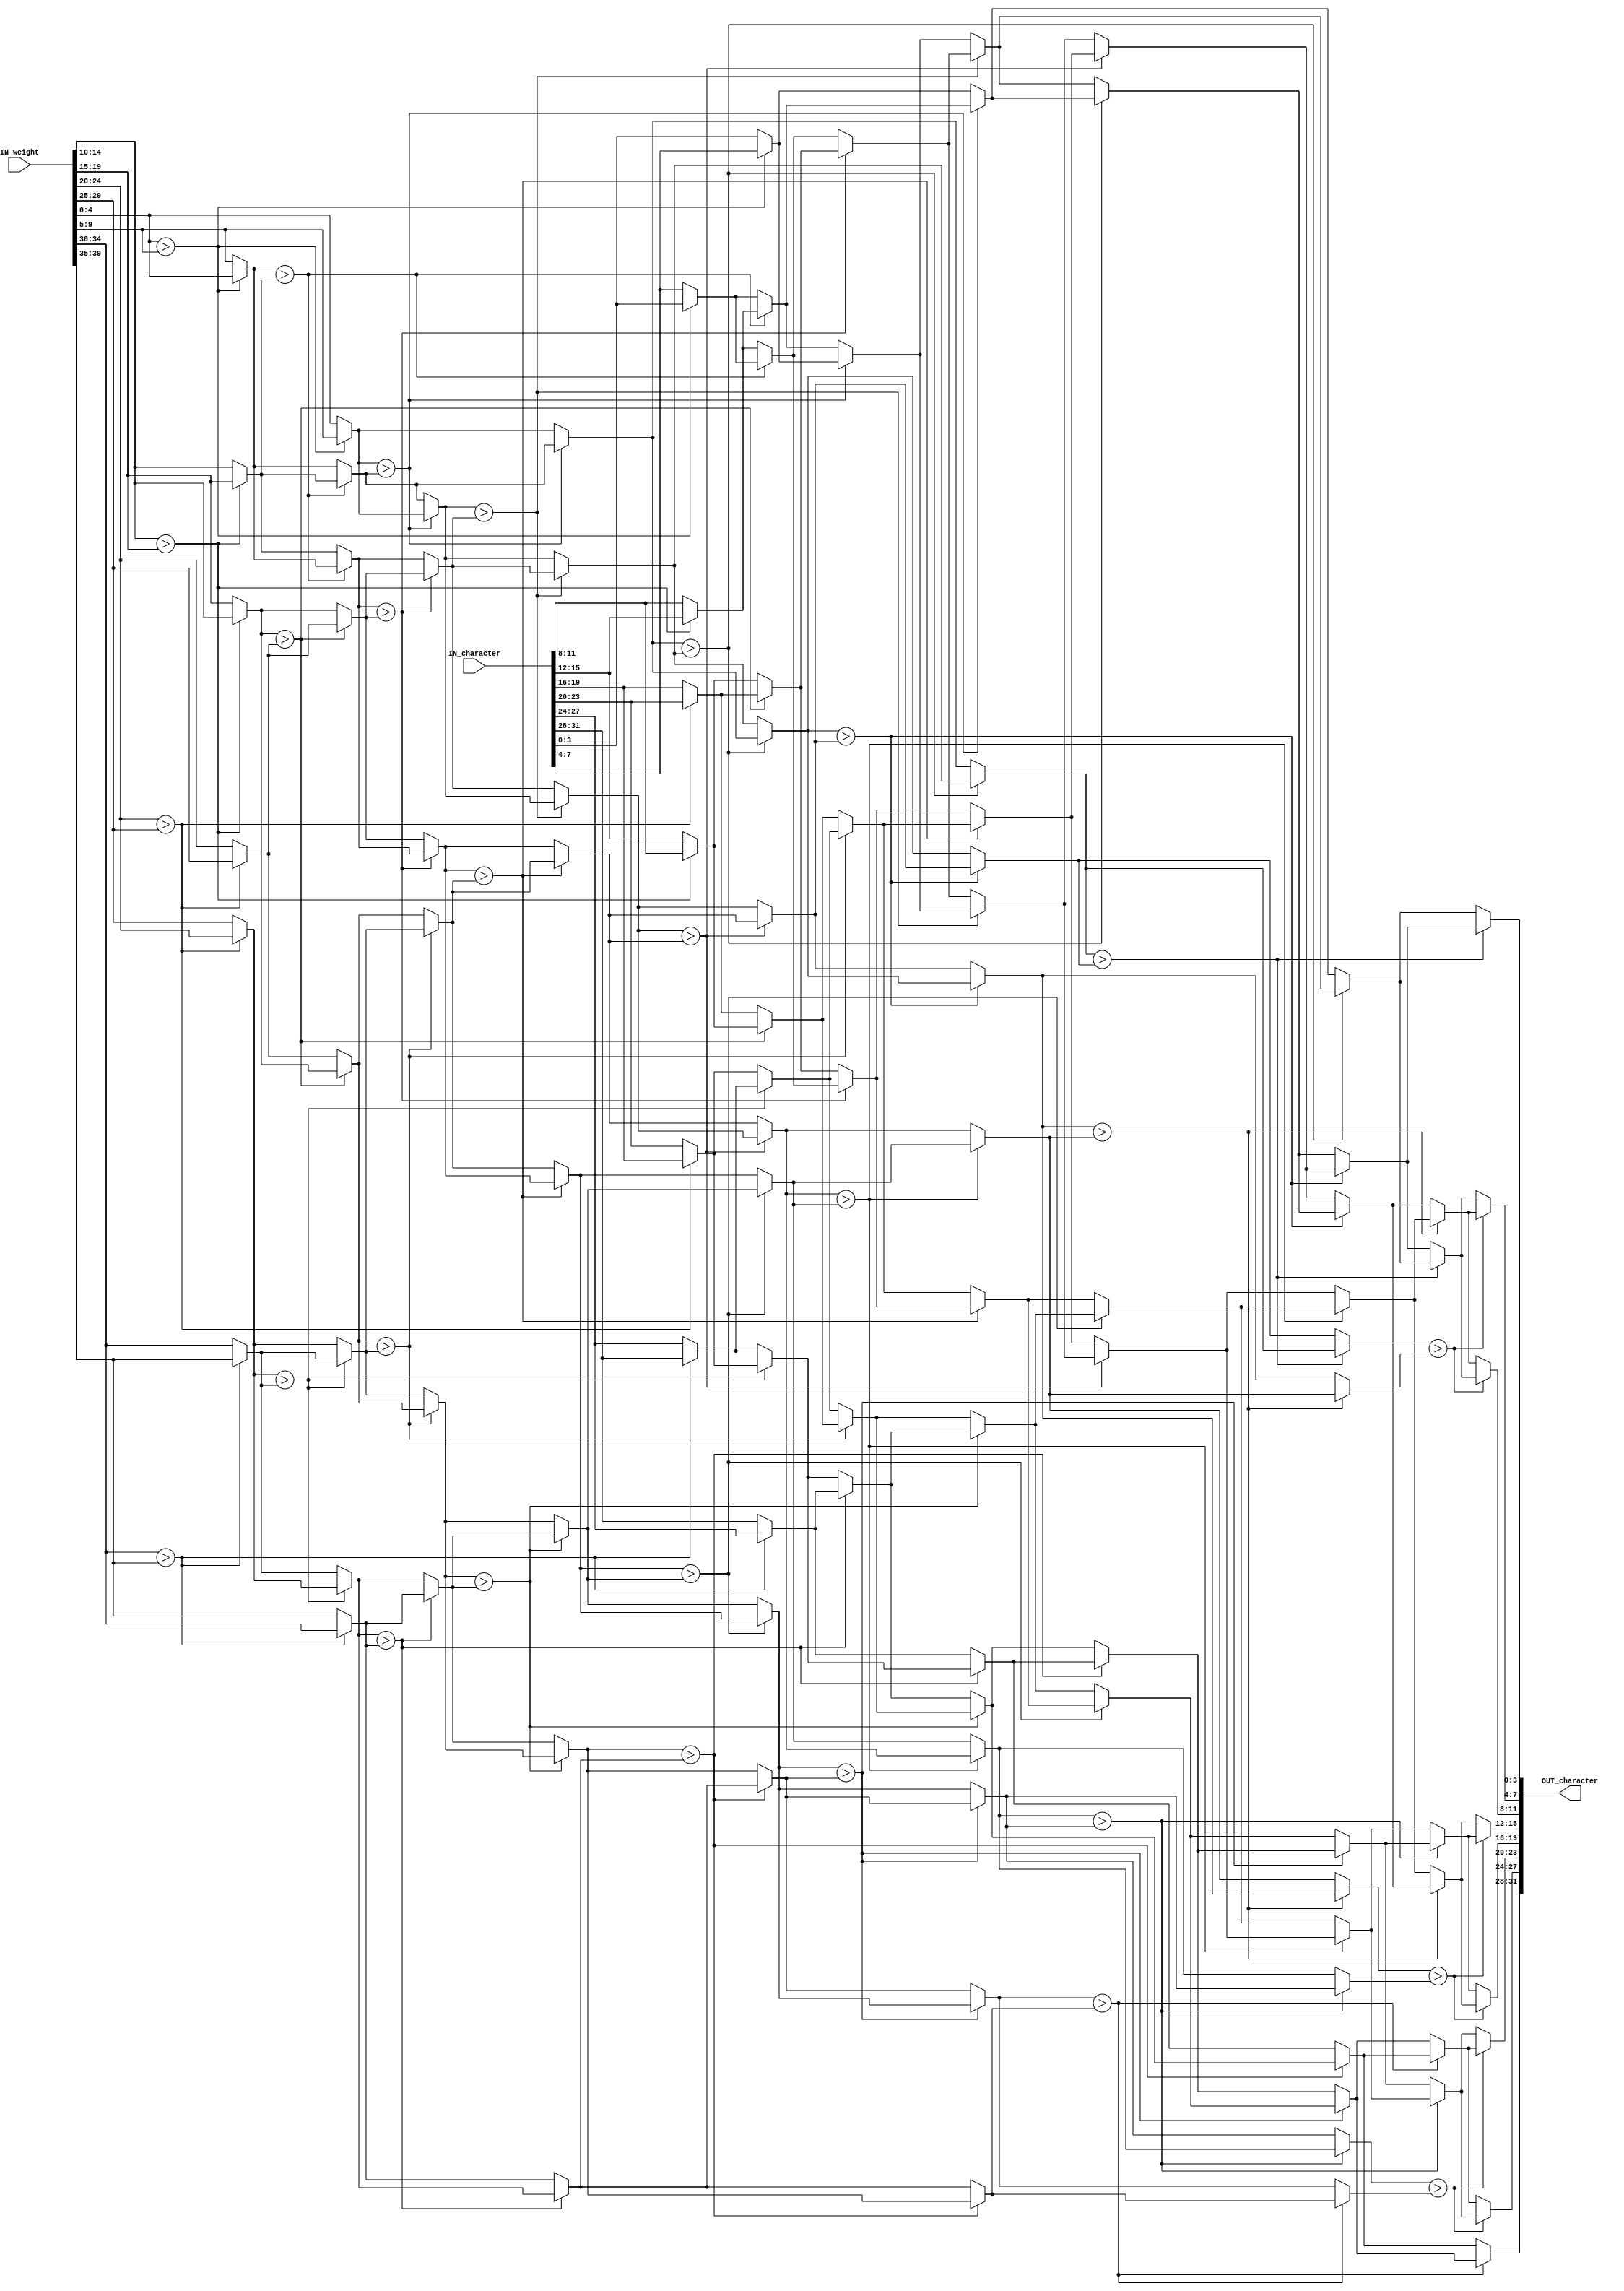
module SORT_IP #(parameter IP_WIDTH = 8) (
    // Input signals
    IN_character, IN_weight,
    // Output signals
    OUT_character
);

// ===============================================================
// Input & Output
// ===============================================================
input [IP_WIDTH*4-1:0]  IN_character;
input [IP_WIDTH*5-1:0]  IN_weight;

output reg [IP_WIDTH*4-1:0] OUT_character;
genvar a, b;
integer i,j;
wire [3:0] array_char [IP_WIDTH:0][IP_WIDTH - 1:0];
wire [4:0] array_weight [IP_WIDTH:0][IP_WIDTH - 1:0];
reg [3:0] temp_char;
reg [4:0] temp_weight;
// ===============================================================
// Design
// ===============================================================

generate
    for(a = 1; a <= IP_WIDTH; a = a + 1)begin
        assign array_char[0][a - 1] = IN_character[a*4 - 1 -: 4];
        assign array_weight[0][a - 1] = IN_weight[a*5 - 1 -: 5];
    end
    if(IP_WIDTH % 2 == 0)begin
        for(a = 0; a < IP_WIDTH; a = a + 1)begin
            if(a % 2 == 0)begin
                for(b = 0; b < IP_WIDTH - 1;b = b + 2)begin
                    assign array_weight[a + 1][b] = (array_weight[a][b] > array_weight[a][b + 1])? array_weight[a][b + 1] : array_weight[a][b];
                    assign array_weight[a + 1][b + 1] = (array_weight[a][b] > array_weight[a][b + 1])? array_weight[a][b] : array_weight[a][b + 1];
                    assign array_char[a + 1][b] = (array_weight[a][b] > array_weight[a][b + 1])? array_char[a][b + 1] : array_char[a][b];
                    assign array_char[a + 1][b + 1] = (array_weight[a][b] > array_weight[a][b + 1])? array_char[a][b] : array_char[a][b + 1];
                
                end
            end
            else begin
                assign array_weight[a + 1][0] = array_weight[a][0];
                assign array_weight[a + 1][IP_WIDTH - 1] = array_weight[a][IP_WIDTH - 1];
                assign array_char[a + 1][0] = array_char[a][0]; 
                assign array_char[a + 1][IP_WIDTH-1] = array_char[a][IP_WIDTH - 1];
                for(b = 1; b < IP_WIDTH - 1;b = b + 2)begin
                    //if(array_weight[a][b] > array_weight[a][b + 1])begin
                    assign array_weight[a + 1][b] = (array_weight[a][b] > array_weight[a][b + 1])? array_weight[a][b + 1] : array_weight[a][b];
                    assign array_weight[a + 1][b + 1] = (array_weight[a][b] > array_weight[a][b + 1])? array_weight[a][b] : array_weight[a][b + 1];
                    assign array_char[a + 1][b] = (array_weight[a][b] > array_weight[a][b + 1])? array_char[a][b + 1] : array_char[a][b] ;
                    assign array_char[a + 1][b + 1] = (array_weight[a][b] > array_weight[a][b + 1])? array_char[a][b] : array_char[a][b + 1];
                end
            end
        end
    end
    else begin
        for(a = 0; a < IP_WIDTH; a = a + 1)begin
            if(a % 2 == 0)begin
                assign array_weight[a + 1][IP_WIDTH - 1] = array_weight[a][IP_WIDTH - 1];
                assign array_char[a + 1][IP_WIDTH - 1] = array_char[a][IP_WIDTH - 1]; 
                for(b = 0; b < IP_WIDTH - 1;b = b + 2)begin
                    assign array_weight[a + 1][b] = (array_weight[a][b] > array_weight[a][b + 1])? array_weight[a][b + 1] : array_weight[a][b];
                    assign array_weight[a + 1][b + 1] = (array_weight[a][b] > array_weight[a][b + 1])? array_weight[a][b] : array_weight[a][b + 1];
                    assign array_char[a + 1][b] = (array_weight[a][b] > array_weight[a][b + 1])? array_char[a][b + 1] : array_char[a][b];
                    assign array_char[a + 1][b + 1] = (array_weight[a][b] > array_weight[a][b + 1])? array_char[a][b] : array_char[a][b + 1];
                
                end
            end
            else begin
                assign array_weight[a + 1][0] = array_weight[a][0];
                assign array_char[a + 1][0] = array_char[a][0]; 
                for(b = 1; b < IP_WIDTH - 1;b = b + 2)begin
                    //if(array_weight[a][b] > array_weight[a][b + 1])begin
                    assign array_weight[a + 1][b] = (array_weight[a][b] > array_weight[a][b + 1])? array_weight[a][b + 1] : array_weight[a][b];
                    assign array_weight[a + 1][b + 1] = (array_weight[a][b] > array_weight[a][b + 1])? array_weight[a][b] : array_weight[a][b + 1];
                    assign array_char[a + 1][b] = (array_weight[a][b] > array_weight[a][b + 1])? array_char[a][b + 1] : array_char[a][b] ;
                    assign array_char[a + 1][b + 1] = (array_weight[a][b] > array_weight[a][b + 1])? array_char[a][b] : array_char[a][b + 1];
                end
            end
        end
    end
   
    for(a = 1; a <= IP_WIDTH; a = a + 1)begin
        assign OUT_character[a*4-1 -: 4] = array_char[IP_WIDTH][a-1];
    end
endgenerate

endmodule